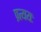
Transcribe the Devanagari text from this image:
प्रत्ययः